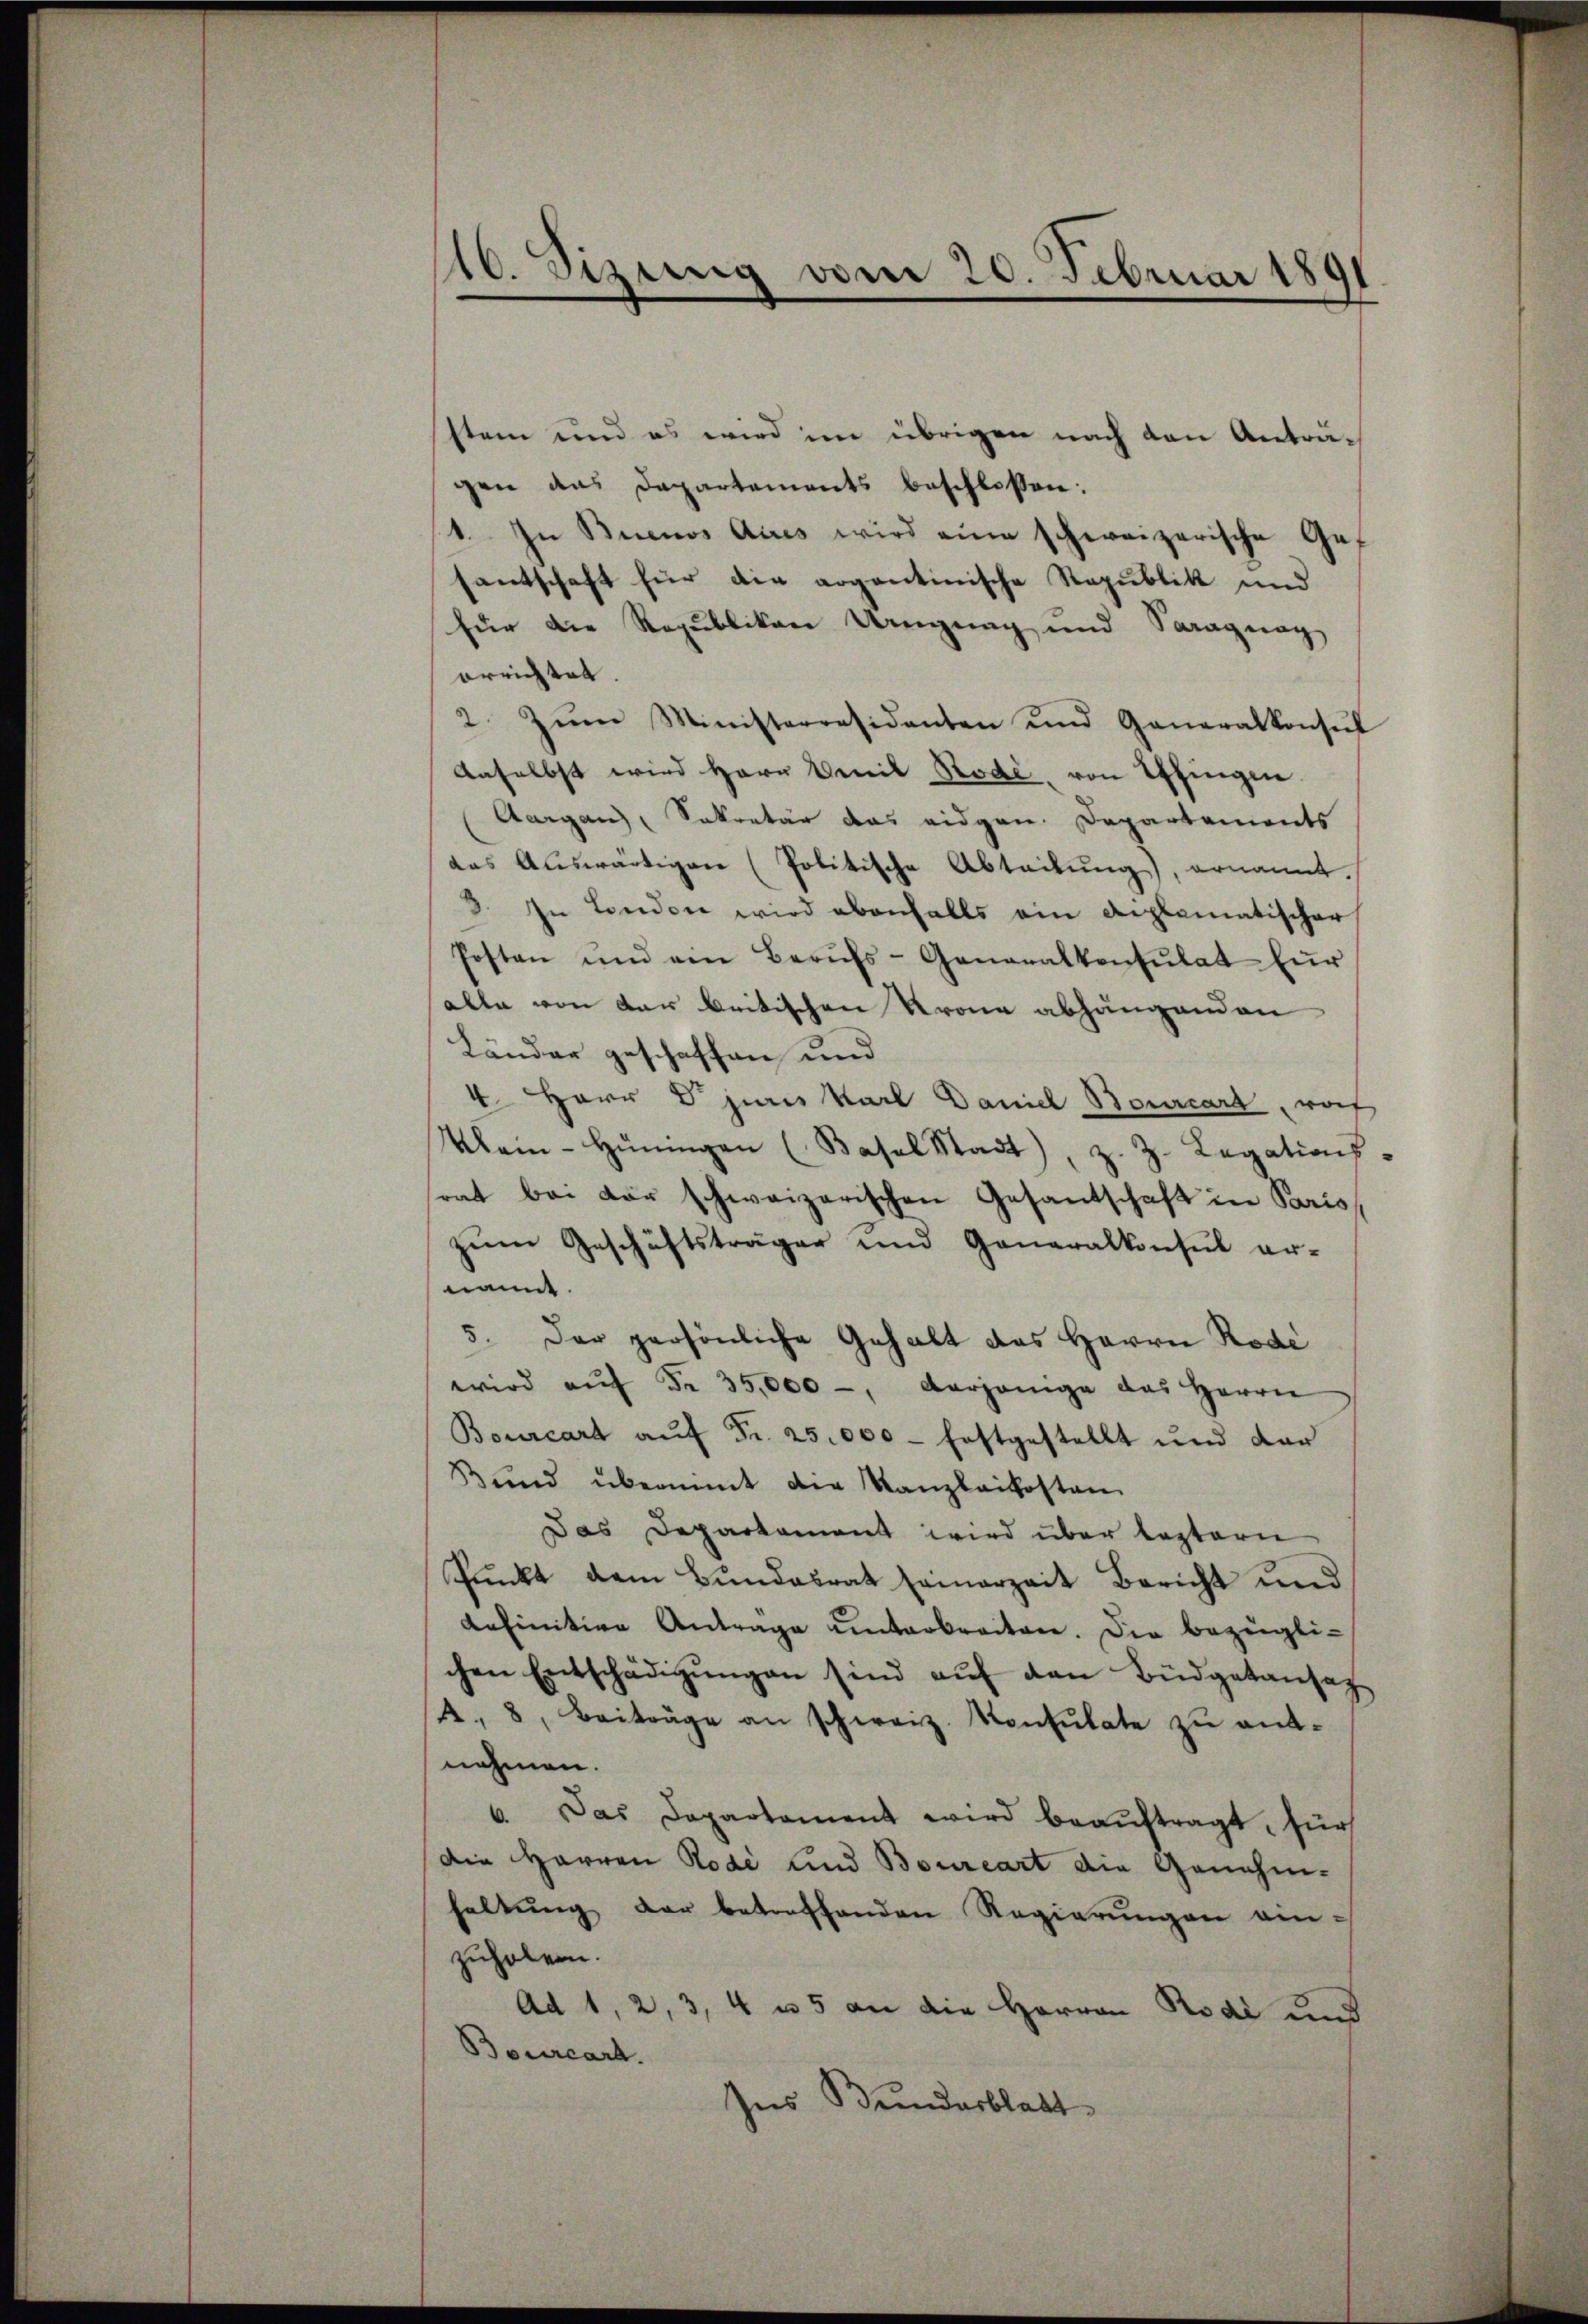
16. Sizung vom 20. Februar 1891

stem und es wird im übrigen nach den Anträgen das Departements beschlossen:
1. In Buenos Adres wird eine schweizerische Gef
santschaft für die argantinische Republik und
für die Republikon Ungung und Saragung
errichtet.
2. Zum Ministerresidenten und Generalkonsŭl
Aaselbst wird Herr Bemit Rode, von Effingen
Aargau, Sekretär das eidgen. Departements
das Aŭswärtigen (Politische Abteilŭng, ernannt
3. In London wird ebenfalls ein Reglematischer
Posten und ein Berufs- Generalkonsulat für
alle von der beitischen Krone abhängenden
Länder geschaffen und
4. Herr Dr juris Karl Daniel Bourcart, wof
Klein-Hüningen (Basel Stadt, z. Z. Legations
rat bei der schweizerischen Gesandschaft in Paris
zŭm Geschäftsträger und Generalkonsul er-
nannt.
5. Der persönliche Gehalt das Herrn Rode
wird aŭf Fr. 35,000 -, derjenige das Herrn
Bourcart aŭf Fr. 25,000 - Erstgestellt und dar
Bund übernimt die Kanzlaikosten
Das Deparkament wird über leztern
Punkt dem Bundesrat seinerzeit Bericht und
definitive Antrage unterbreiten. Die bezügli-
chen Entschädigŭngen sind aŭf den Büdgetansatz
4. 8. Beiträge an schweiz. Konsulate zŭ ent-
nehmen.
6. Das Departament wird beaŭftragt, für
Die Harren Rode und Bourcart die Genehmhaltŭng der betreffenden Regierŭngen ein-
zuholen.
Ad 1, 2, 3, 4 u. 5 an die Herren Rodi und
Bourcart.
Ins Bundesblatt